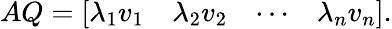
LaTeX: AQ={\left[\begin{array}{llll}{\lambda_{1}v_{1}}&{\lambda_{2}v_{2}}&{\cdots}&{\lambda_{n}v_{n}}\end{array}\right]}.